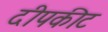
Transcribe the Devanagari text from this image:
दीपकीट